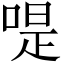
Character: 㖷